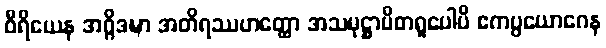
ဝီရိယေန အဂ္ဂိဒဍ္ဎာ အတိရဿဟတ္ထော အသမုဋ္ဌာပိတရူပေါပိ ဧကပ္ပယောဂေန